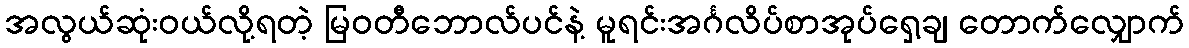
အလွယ်ဆုံးဝယ်လို့ရတဲ့ မြဝတီဘောလ်ပင်နဲ့ မူရင်းအင်္ဂလိပ်စာအုပ်ရှေ့ချ တောက်လျှောက်